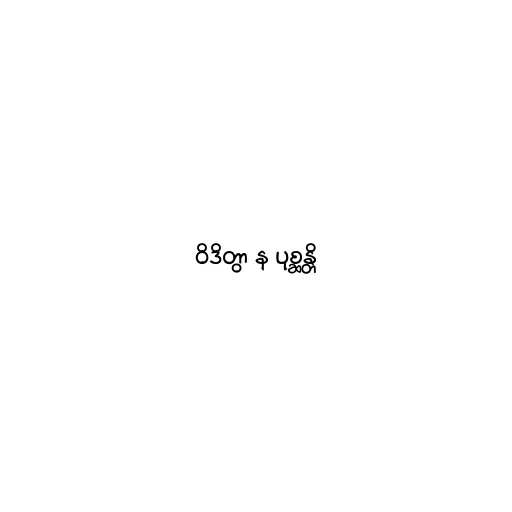
ဝိဒိတွာ န ပုစ္ဆန္တိ